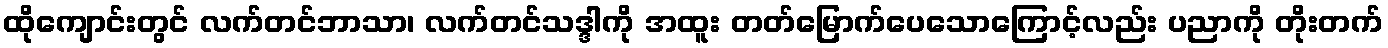
ထိုကျောင်းတွင် လက်တင်ဘာသာ၊ လက်တင်သဒ္ဒါကို အထူး တတ်မြောက်ပေသောကြောင့်လည်း ပညာကို တိုးတက်